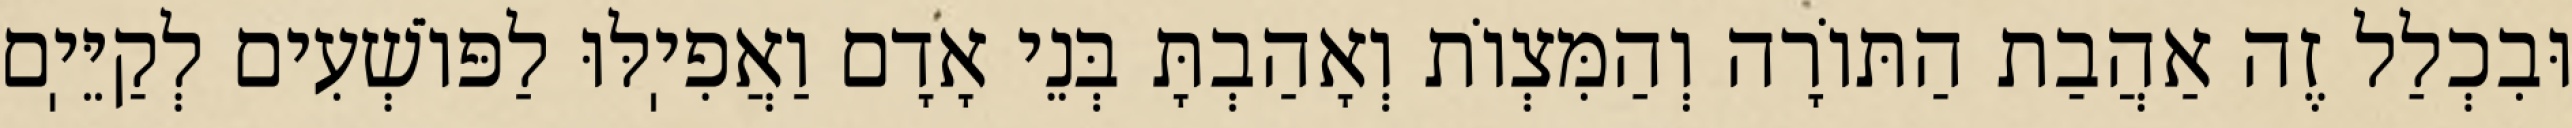
וּבִכְלַל זֶה אַהֲבַת הַתּוֹרָה וְהַמִּצְוֹת וְאָהַבְתָּ בְּנֵי אָדָם וַאֲפִיֽלּוּ לַפּוֹשְׁעִים לְקַיֵּיֽם